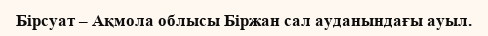
Бірсуат – Ақмола облысы Біржан сал ауданындағы ауыл.